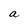
Character: a